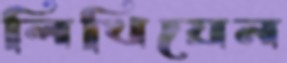
লিখিয়েন